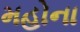
મહોના